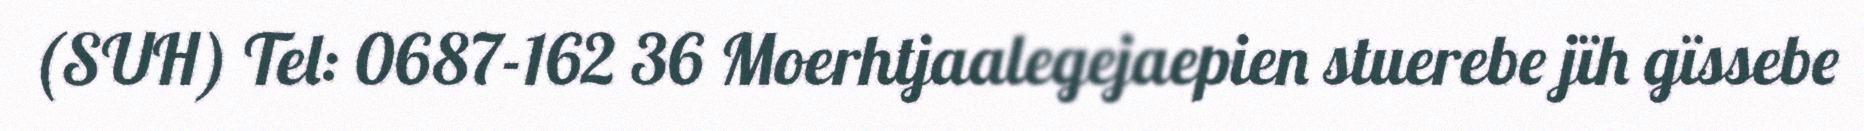
(SUH) Tel: 0687-162 36 Moerhtjaalegejaepien stuerebe jïh gïssebe